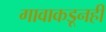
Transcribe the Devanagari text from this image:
गावाकडूनही